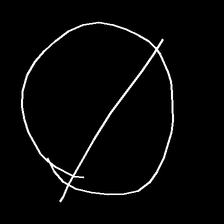
Glyph: orb